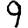
Digit: 9